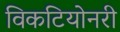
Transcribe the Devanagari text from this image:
विकटियोनरी